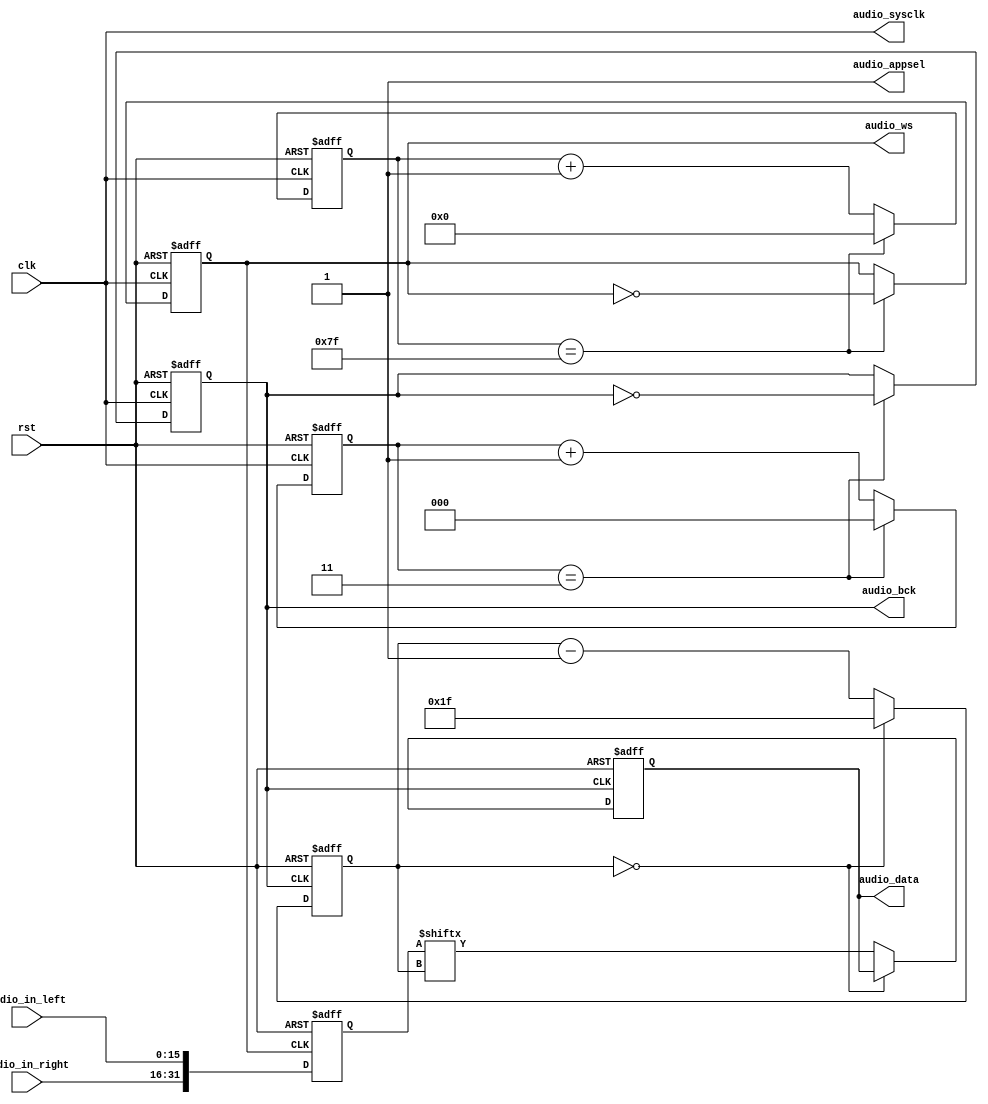
`timescale 1ns / 1ps
//////////////////////////////////////////////////////////////////////////////////
// Company: 
// Engineer: 
// 
// Design Name: 
// Module Name:    speaker_control 
// Project Name: 
// Target Devices: 
// Tool versions: 
// Description: 
//
// Dependencies: 
//
// Revision: 
// Revision 0.01 - File Created
// Additional Comments: 
//
//////////////////////////////////////////////////////////////////////////////////
module speaker_control(
	 clk,
	 rst,
	 audio_in_left,
	 audio_in_right,
	 audio_appsel,
	 audio_sysclk,
	 audio_bck,
	 audio_ws,
	 audio_data
    );
	 input clk;
	 input rst;
	 input [15:0]audio_in_left,audio_in_right;
	 output reg audio_data;
	 output reg audio_bck,audio_ws; 
	 output audio_sysclk,audio_appsel;
	 
	 reg [2:0]count_4,count_4_next;
	 reg audio_bck_next;
	 reg [7:0]count_128,count_128_next;
	 reg audio_ws_next;
	 reg [3:0]q,q_tmp;
	 reg [31:0]audio_data_tmp;
	 reg [4:0]audio_data_next,audio_data_next2;
	 
	 assign audio_appsel=1'b1;
	 assign audio_sysclk=clk;
	 
	 //5MHz
	 always@*
		if(count_4==3)
			begin
				count_4_next=3'd0;
				audio_bck_next=~audio_bck;
			end 
		else 
			begin 
				count_4_next=count_4+1'b1;
				audio_bck_next=audio_bck;
			end
	 always@(posedge clk or posedge rst)
		if(rst)
			begin 
				count_4<=3'b0;
				audio_bck<=1'b0;
			end
		else 
			begin 
				count_4<=count_4_next;
				audio_bck<=audio_bck_next;
			end
			
	  //(5/32)MHz
	   always@*
		if(count_128==127)
			begin
				count_128_next=8'd0;
				audio_ws_next=~audio_ws;
			end 
		else 
			begin 
				count_128_next=count_128+1'b1;
				audio_ws_next=audio_ws;
			end
	 always@(posedge clk or posedge rst)
		if(rst)
			begin 
				count_128<=8'b0;
				audio_ws<=1'b0;
			end
		else 
			begin 
				count_128<=count_128_next;
				audio_ws<=audio_ws_next;
			end
			//input data(5/32MHz)
	 always@(posedge audio_ws or posedge rst)
				if(rst)
				audio_data_tmp<=32'b0;
				else
				audio_data_tmp<={audio_in_right,audio_in_left};

			
			//output data(5MHz)
	 always@*
			audio_data_next2 = audio_data_next-1'b1;
			
	 always@(posedge audio_bck or posedge rst)
			if(rst)
			      begin 
						audio_data_next<=5'd31;
					   audio_data<=1'b0;
					end
			else if (audio_data_next==5'd0)
					audio_data_next<=5'd31;
			else 
				begin 
					audio_data<=audio_data_tmp[audio_data_next];
					audio_data_next<=audio_data_next2;
					 
				end
	
	
	  
endmodule